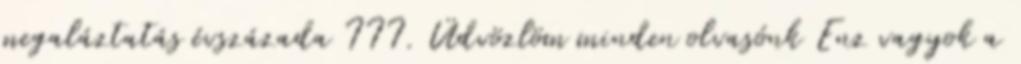
megaláztatás évszázada III. Üdvözlöm minden olvasónk Enz vagyok a